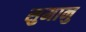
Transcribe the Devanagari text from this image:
सुमानु